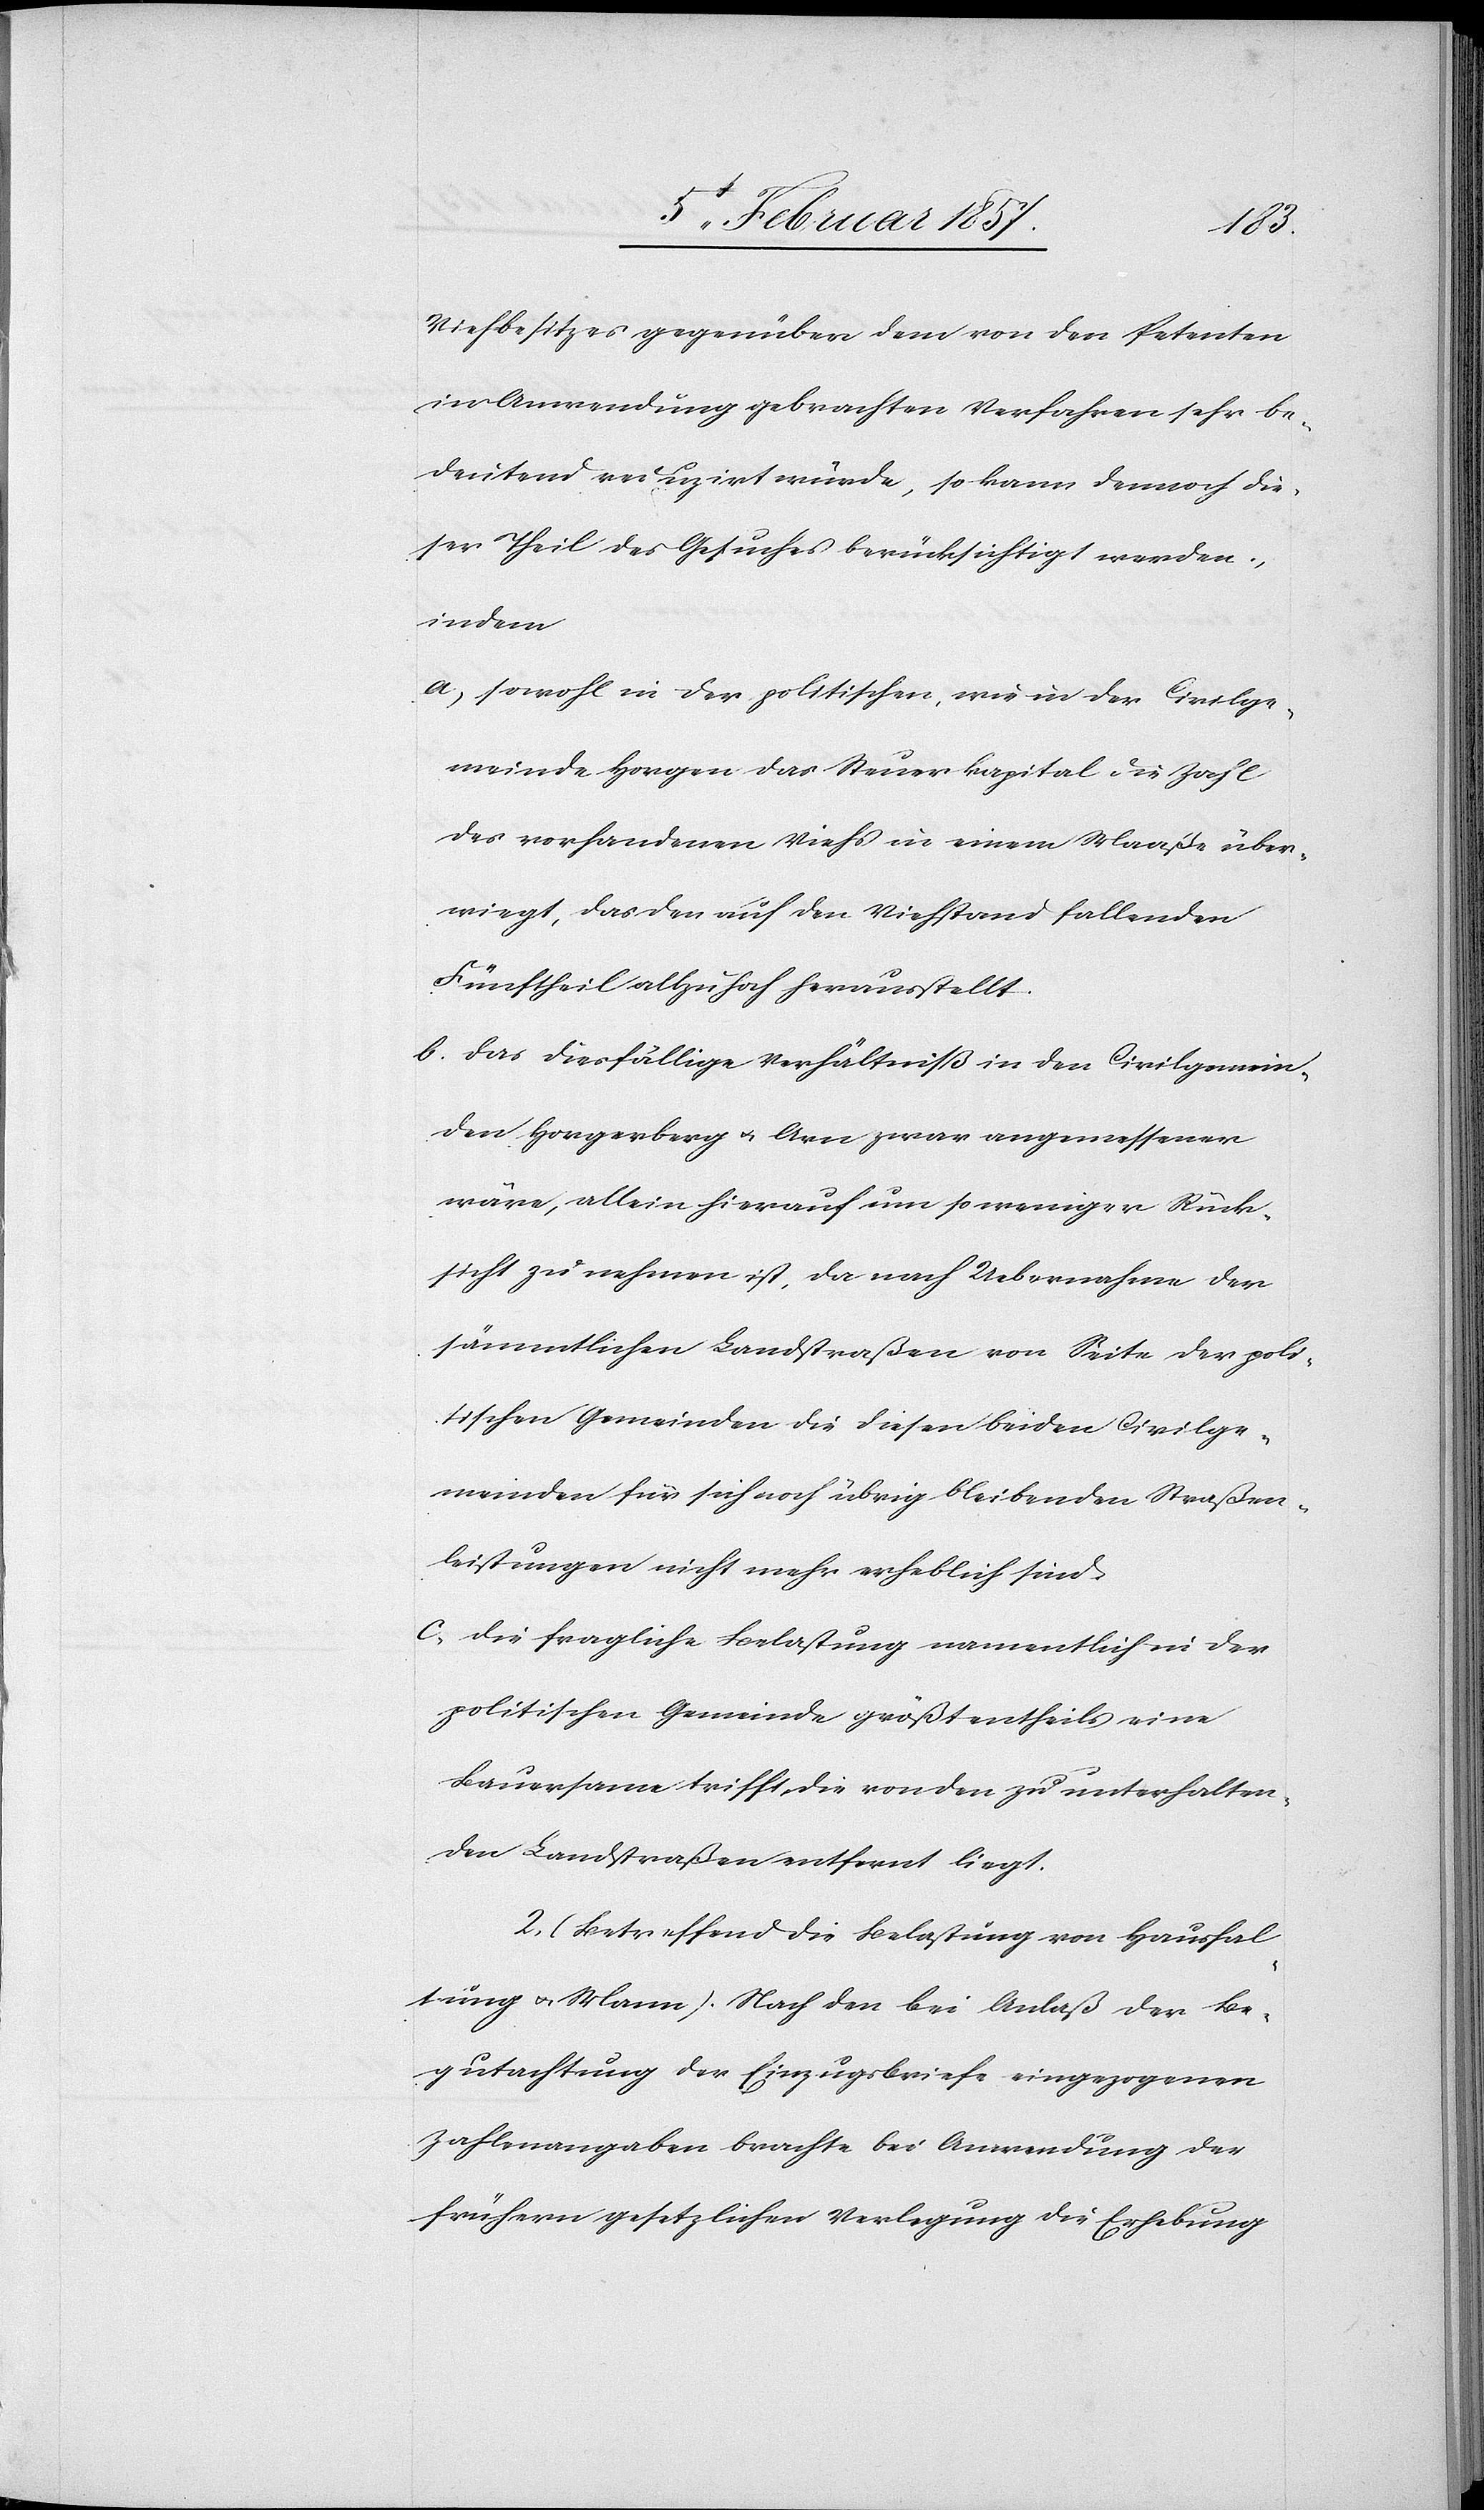
Viehbesitzes gegenüber dem von den Petenten
in Anwendung gebrachten Verfahren sehr be¬
deutend reduzirt würde, so kann demnach die¬
ser Theil des Gesuches berücksichtigt werden,
indem
a, sowohl in der politischen, wie in der Civilge¬
meide Horgen das Steuerkapital die Zahl
des vorhandenen Viehs in einem Maaße über¬
wiegt, das den auf den Viehstand fallenden
Fünftheil allzu hoch herausstellt.
b. das diesfällige Verhältniß in den Civilgemei¬
den Horgerberg & Arn zwar angemessener
wäre, allein hierauf um so weniger Rück¬
sicht zu nehmen ist, da nach Uebernahme der
sämmtlichen Landstraßen von Seite der poli¬
tischen Gemeinde die diesen beiden Civilge¬
meiden für sich noch übrig bleibenden Straßen¬
leistungen nicht mehr erheblich sind.
c, die fragliche Belastung namentlich in der
politischen Gemeinde größtentheils eine
Bauersame trifft, die von den zu unterhalten¬
den Landstraßen entfernt liegt.
2. (Betreffend die Belastung von Haushal¬
tung & Mann). Nach den bei Anlaß der Be¬
gutachtung der Einzugsbriefe eingezogenen
Zahlenangaben brachte bei Anwendung der
frühern gesetzlichen Verlegung die Erhebung